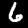
Digit: 6